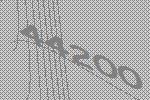
44200